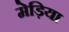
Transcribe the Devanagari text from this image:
मेड़िया